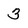
Character: 3